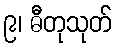
၉၊ ဓီတုသုတ်